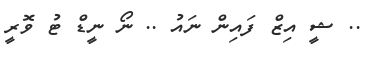
.. ޝީ އިޒް ފައިން ނައު .. ނޯ ނީޑް ޓު ވޮރީ